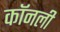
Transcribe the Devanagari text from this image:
कॉनली